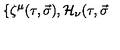
\{ \zeta ^ { \mu } ( \tau , \vec { \sigma } ) , { \cal H } _ { \nu } ( \tau , \vec { \sigma }